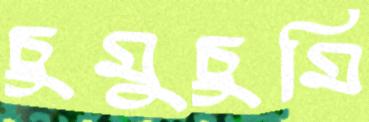
চুমুচুমি